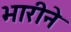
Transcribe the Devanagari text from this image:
भारीने